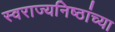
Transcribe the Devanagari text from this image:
स्वराज्यनिष्ठांच्या